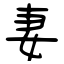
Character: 妻